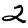
Digit: 2